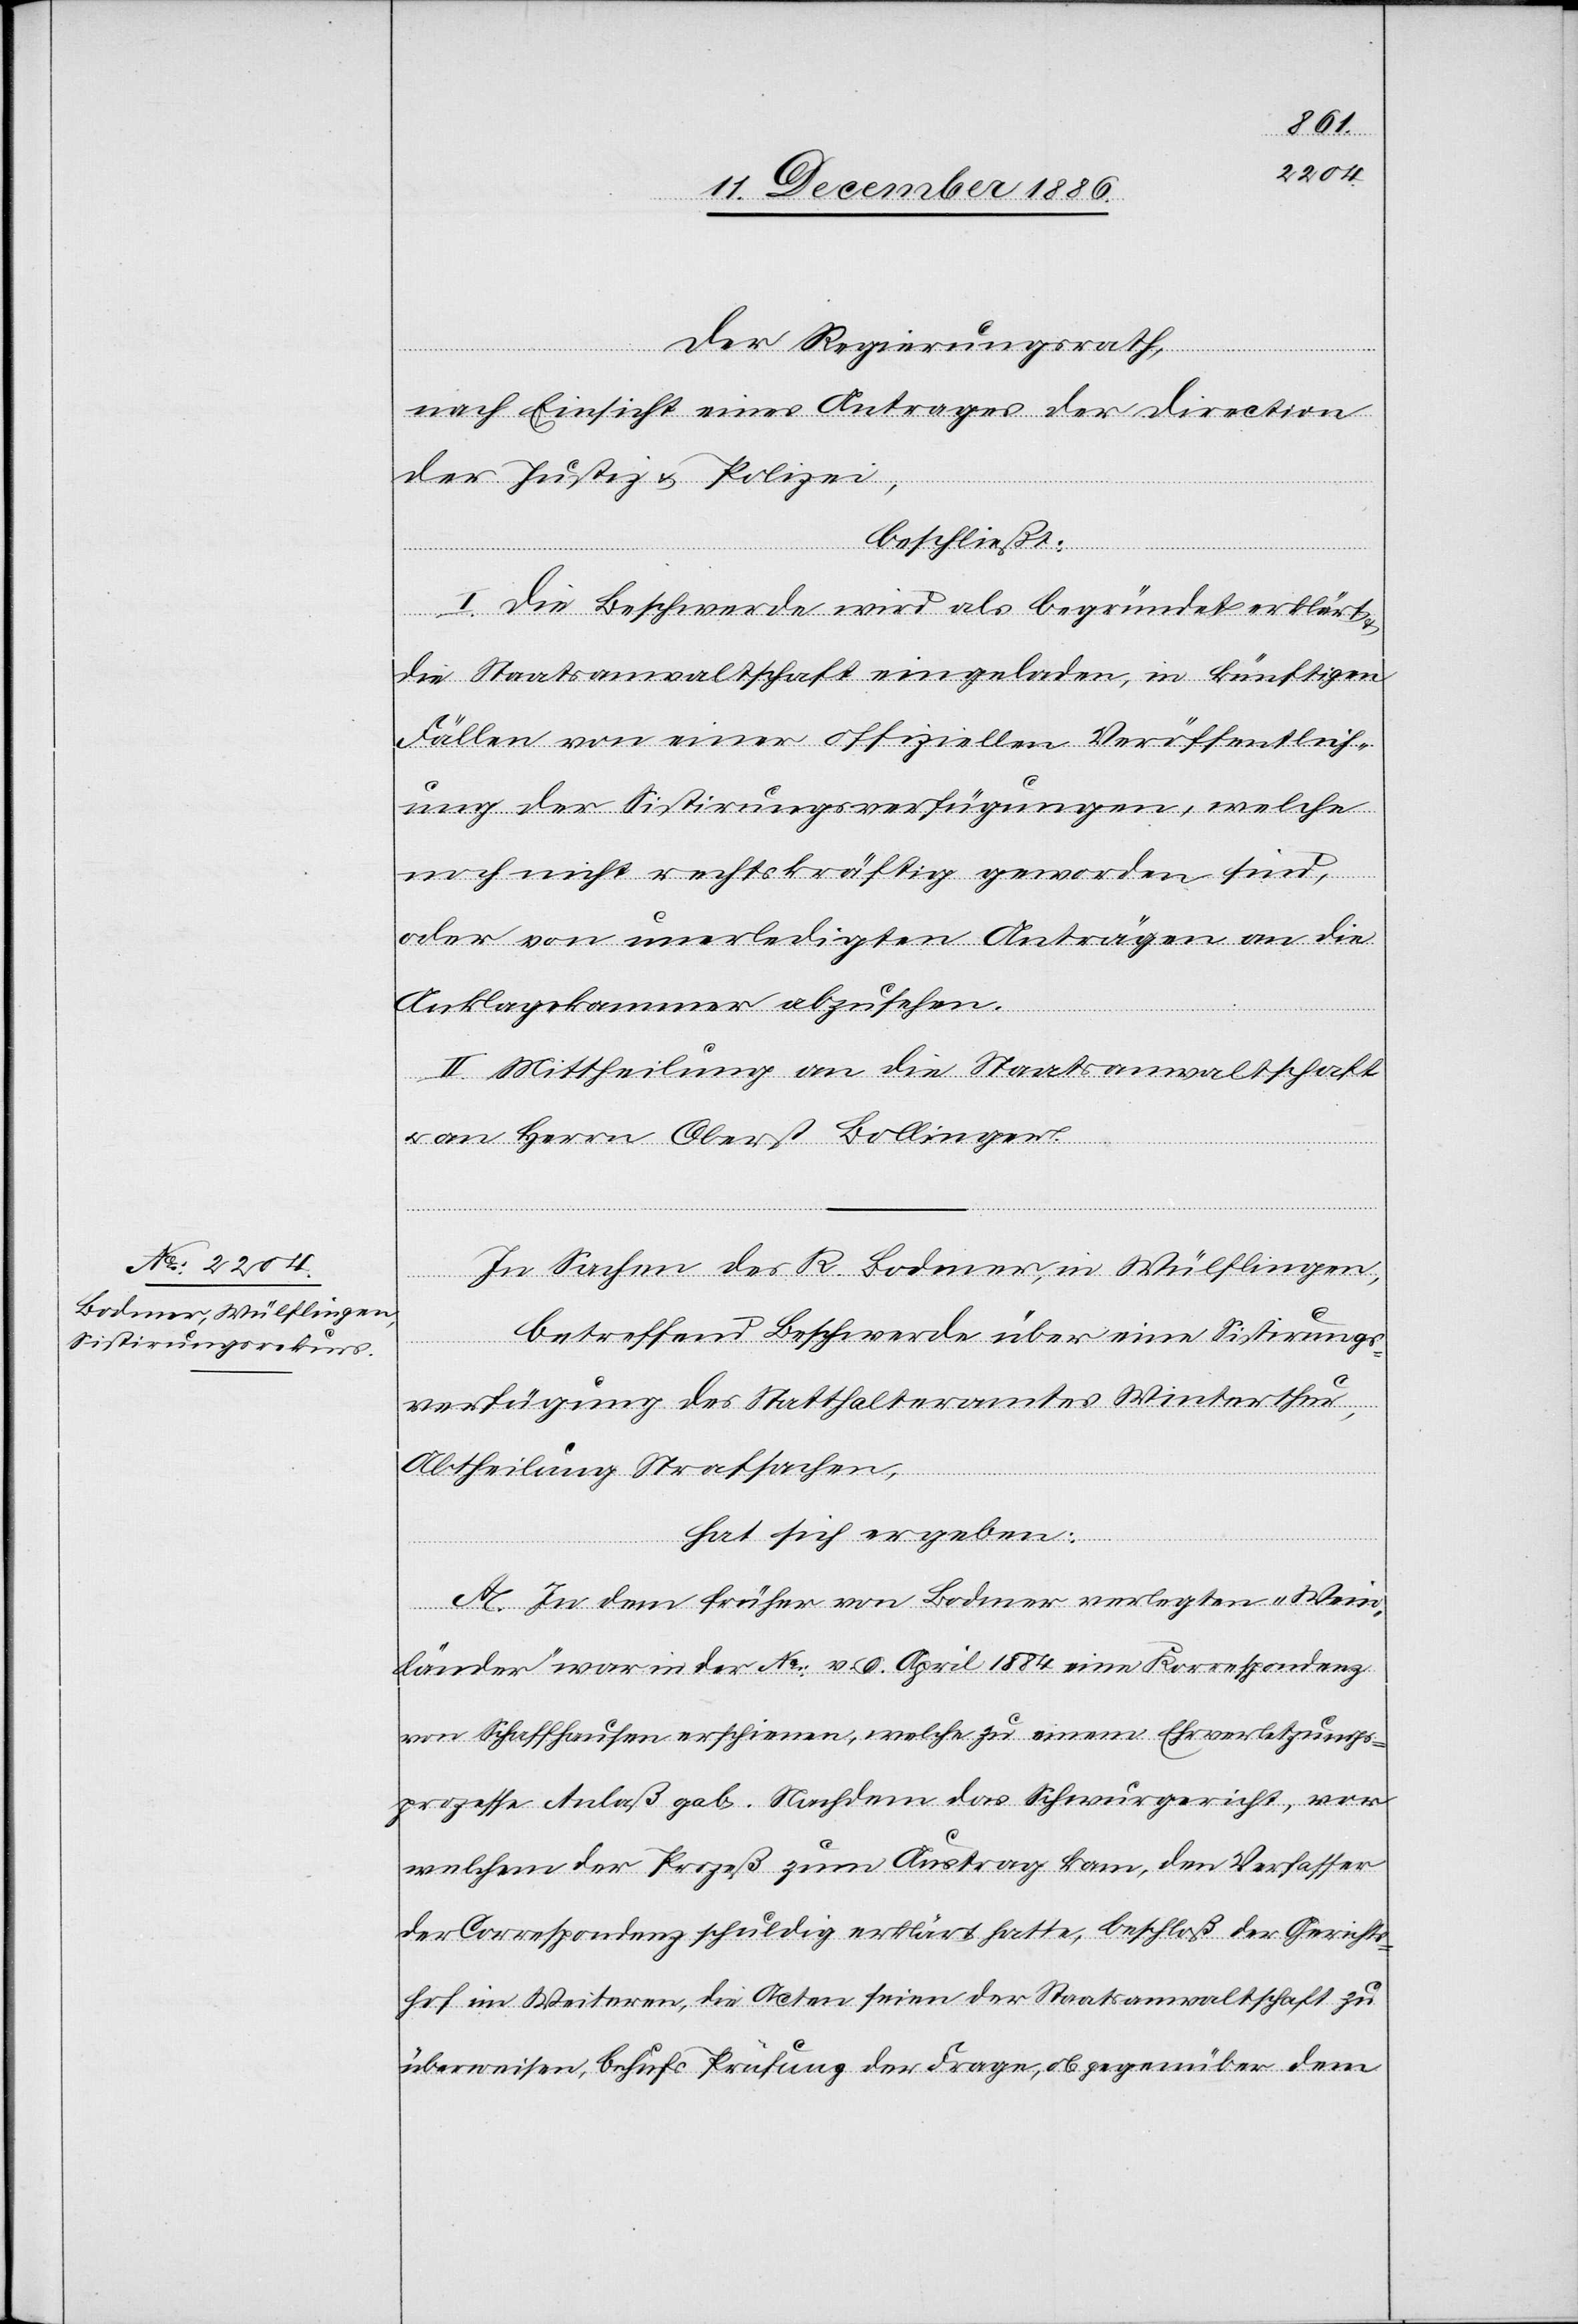
Der Regierungsrath,
nach Einsicht eines Antrages der Direction
der Justiz & Polizei,
beschließt:
I. Die Beschwerde wird als begründet erklärt
die Staatsanwaltschaft eingeladen, in künftigen
Fällen von einer offiziellen Veröffentlich¬
ung der Sistirungsverfügungen, welche
noch nicht rechtskräftig geworden sind,
oder von unerledigten Anträgen an die
Anklagekammer abzusehen.
II. Mittheilung an die Staatsanwaltschaft
an Herrn Oberst Bollinger.
In Sachen des R. Bodmer, in Wülflingen,
betreffend Beschwerde über eine Sistirungs¬
verfügung des Statthalteramtes Winterthur,
Abtheilung Strafsachen,
hat sich ergeben:
A. In dem früher von Bodmer verlegten „Wein¬
länder“ war in der No: v. 9. April 1884 eine Korrespondenz
von Schaffhausen erschienen, welche zu einem Ehrverletzungs¬
prozesse Anlaß gab. Nachdem das Schwurgericht, vor
welchem der Prozeß zum Austrag kam, den Verfasser
der Correspondenz schuldig erklärt hatte, beschloß der Gerichts¬
hof im Weiteren, die Acten seien der Staatsanwaltschaft zu
überweisen, behufs Prüfung der Frage, ob gegenüber dem